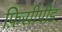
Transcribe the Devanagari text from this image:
फ़िसीपीड